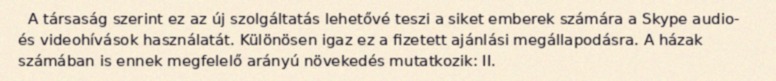
A társaság szerint ez az új szolgáltatás lehetővé teszi a siket emberek számára a Skype audio- és videohívások használatát. Különösen igaz ez a fizetett ajánlási megállapodásra. A házak számában is ennek megfelelő arányú növekedés mutatkozik: II.